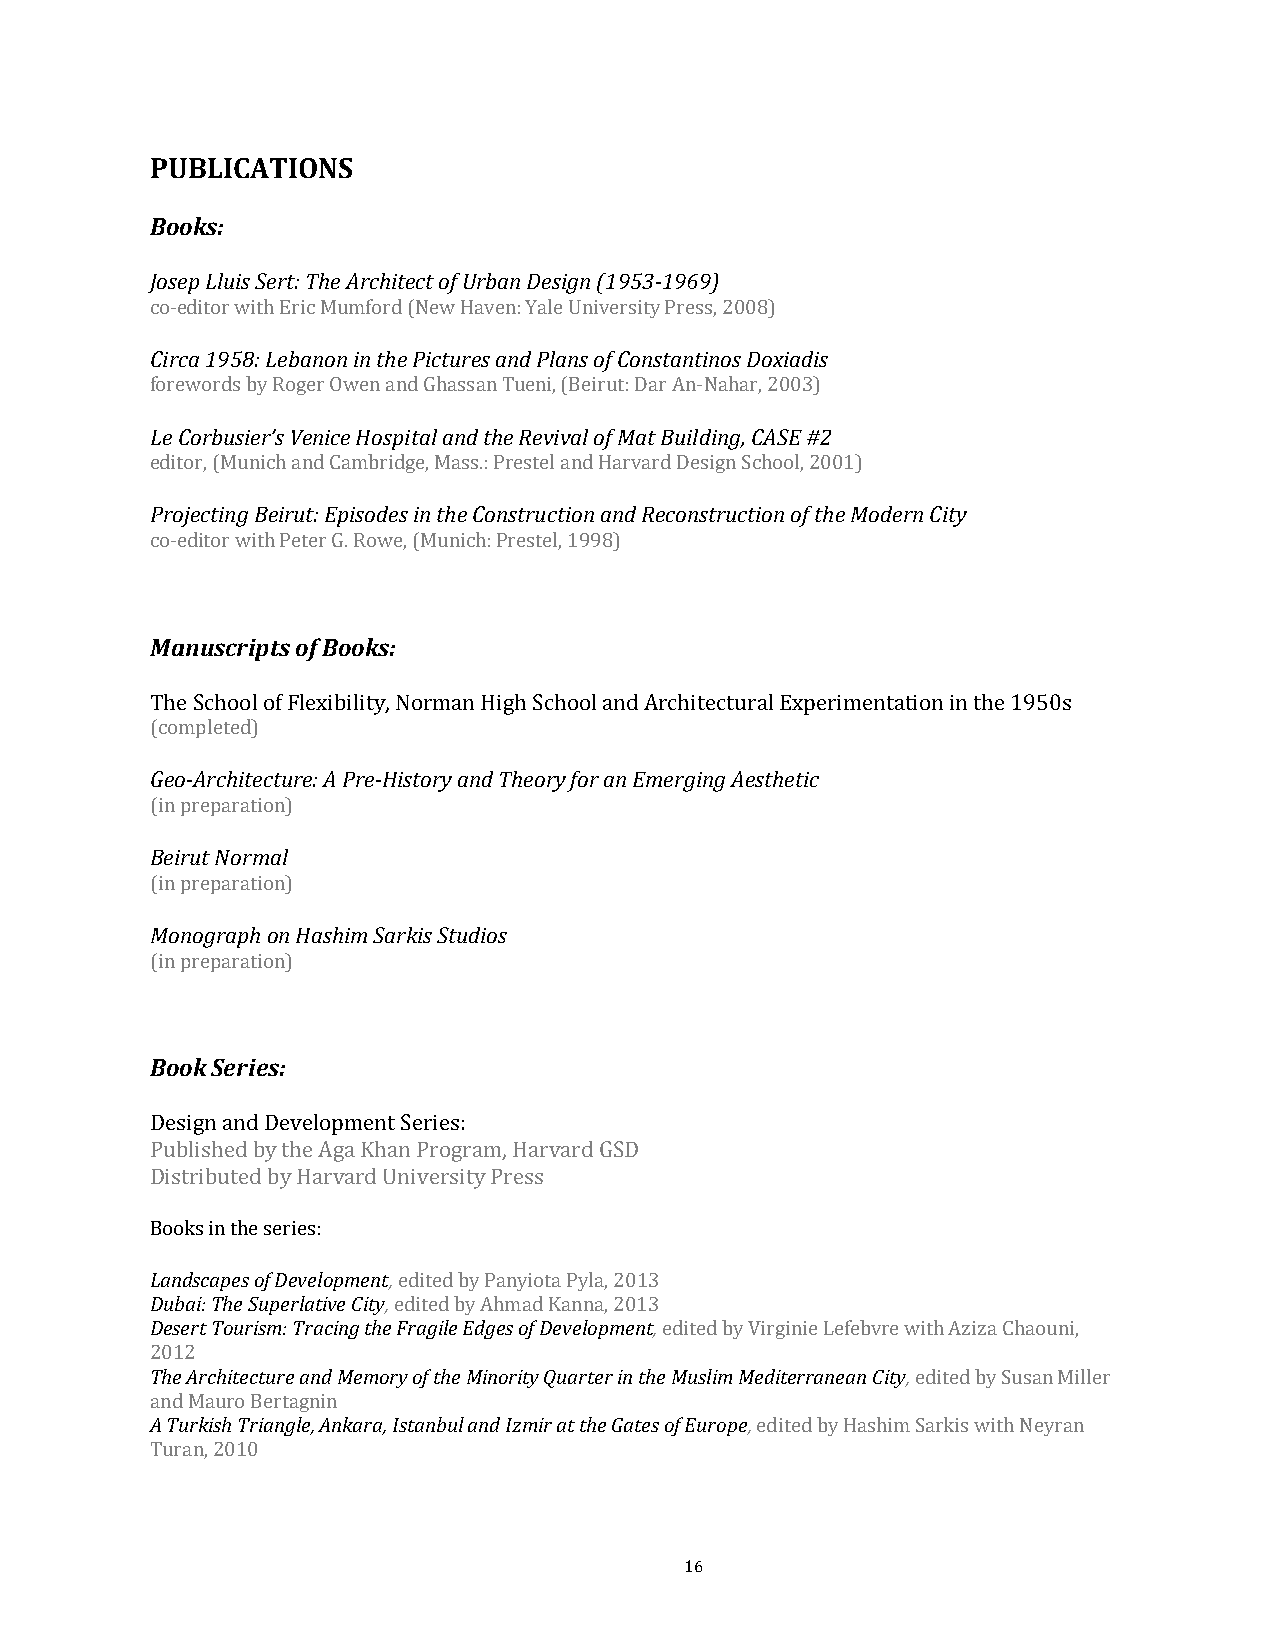
PUBLICATIONS
 Books:
 Josep Lluis Sert: The Architect of Urban Design (1953-1969)
 -
 cCoirecdai t1o9r5 w8i:t hL eEbraicn Monu minf otrhde (PNiecwtu Hreasv aenn:d Y Pallea nUsn oivfe Crsointys tParnetsisn, o2s0 0D8o)x iadis
 fLoer eCworobrduss ibeyr ’Rs oVgeenri Ocew Heno sapnidt aGlh aansdsa tnh Te uReenvi,i v(Bael iorfu Mt: Data rB Aunil-dNinahga,rC, A2S0E0 3#)2
 ePdriotjoerc, t(iMngu nBicehir auntd: ECpaimsobdriedsg ien, Mthaes sC.:o Pnrsetsrtuecl tainodn Hanardv Raredc oDnesstigrnu cStcihoono ol,f 2 t0h0e1 M) odern City
 c o-editor with Peter G. Rowe, (Munich: Prestel, 1998)
 Manuscripts of Books:
 The School of Flexibility, Norman High School and Architectural Experimentation in the 1950s
 (Gceoom-Aprlectheidt)e cture: A Pre-History and Theory for an Emerging Aesthetic
 (Binei pruretp Naorartmioanl)
 (Mino pnroegpraarpahti oonn) Hashim Sarkis Studios
 (in preparation)
 Boo k Series:
 Design and Development Series:
 Published by the Aga Khan Program, Harvard GSD
 Distributed by Harvard University Press
 BLaonodkssc ianp tehse o sf eDreievse:l opment,
 Dubai: The Superlative City,
 Desert Tourism: Tracing the Fedraitgeidle b Eyd Pgaens yoifo Dtae vPeylolap,m 20en1t3,
 edited by Ahmad Kanna, 2013
 The Architecture and Memory of the Minority Quarter in the e Mdiutesdli mby M Veidrgitienrirea Lneefaenb vCritey w, ith Aziza Chaouni,
 2012
 A Turkish Triangle, Ankara, Istanbul and Izmir at the Gates of Europe, edited by Susan Miller
 and Mauro Bertagnin
 edited by Hashim Sarkis with Neyran
 Turan, 2010
 16